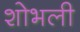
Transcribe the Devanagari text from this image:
शोभली